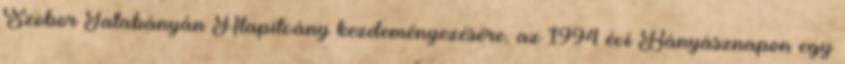
Szobor Tatabányán Alapítvány kezdeményezésére, az 1994 évi Bányásznapon egy